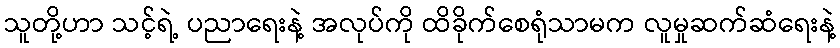
သူတို့ဟာ သင့်ရဲ့ ပညာရေးနဲ့ အလုပ်ကို ထိခိုက်စေရုံသာမက လူမှုဆက်ဆံရေးနဲ့